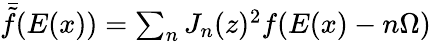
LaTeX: \begin{array}{r}{\bar{\tilde{f}}(E(x))=\sum_{n}J_{n}(z)^{2}f(E(x)-n\Omega)}\end{array}